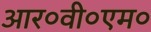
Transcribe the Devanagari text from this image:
आर०वी०एम०